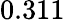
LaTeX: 0.311